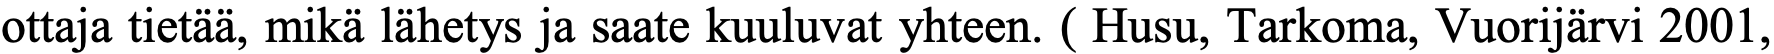
ottaja tietää, mikä lähetys ja saate kuuluvat yhteen. ( Husu, Tarkoma, Vuorijärvi 2001,